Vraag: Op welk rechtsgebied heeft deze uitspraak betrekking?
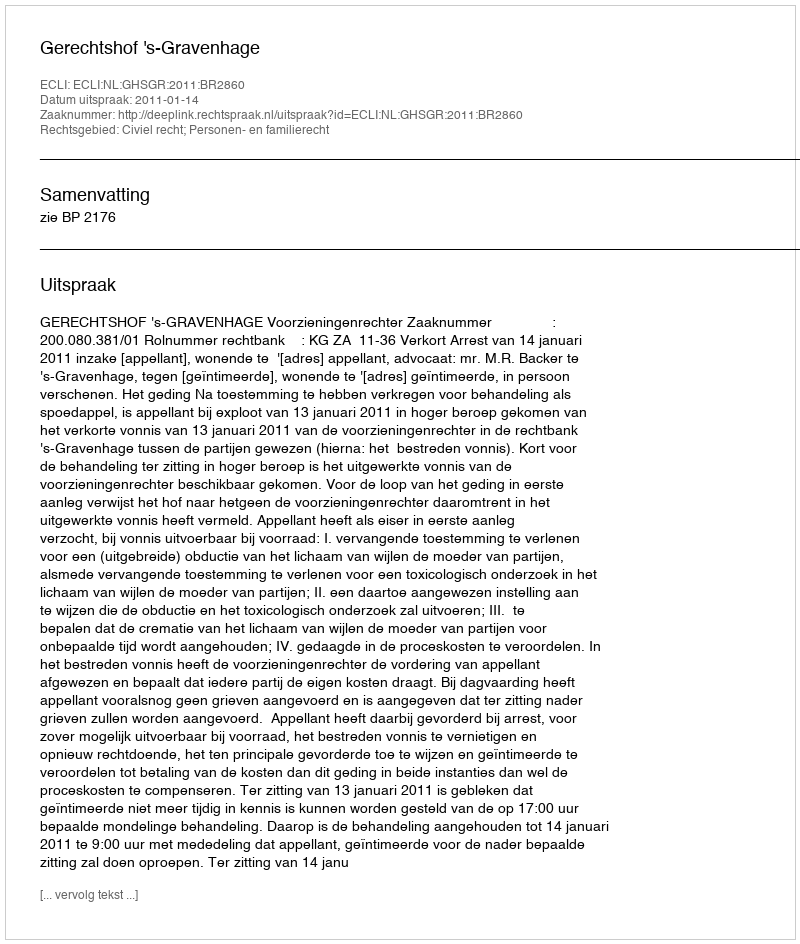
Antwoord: Civiel recht; Personen- en familierecht